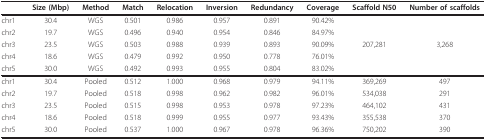
<table><thead><tr><td></td><td><b>Size (Mbp)</b></td><td><b>Method</b></td><td><b>Match</b></td><td><b>Relocation</b></td><td><b>Inversion</b></td><td><b>Redundancy</b></td><td><b>Coverage</b></td><td><b>Scaffold N50</b></td><td><b>Number of scaffolds</b></td></tr></thead><tbody><tr><td>chr1</td><td>30.4</td><td>WGS</td><td>0.501</td><td>0.986</td><td>0.957</td><td>0.891</td><td>90.42%</td><td></td><td></td></tr><tr><td>chr2</td><td>19.7</td><td>WGS</td><td>0.496</td><td>0.940</td><td>0.954</td><td>0.846</td><td>84.97%</td><td></td><td></td></tr><tr><td>chr3</td><td>23.5</td><td>WGS</td><td>0.503</td><td>0.988</td><td>0.939</td><td>0.893</td><td>90.09%</td><td>207,281</td><td>3,268</td></tr><tr><td>chr4</td><td>18.6</td><td>WGS</td><td>0.479</td><td>0.992</td><td>0.950</td><td>0.778</td><td>76.01%</td><td></td><td></td></tr><tr><td>chr5</td><td>30.0</td><td>WGS</td><td>0.492</td><td>0.993</td><td>0.955</td><td>0.804</td><td>83.02%</td><td></td><td></td></tr><tr><td>chr1</td><td>30.4</td><td>Pooled</td><td>0.512</td><td>1.000</td><td>0.968</td><td>0.979</td><td>94.11%</td><td>369,269</td><td>497</td></tr><tr><td>chr2</td><td>19.7</td><td>Pooled</td><td>0.518</td><td>0.998</td><td>0.962</td><td>0.982</td><td>96.01%</td><td>534,038</td><td>291</td></tr><tr><td>chr3</td><td>23.5</td><td>Pooled</td><td>0.515</td><td>0.998</td><td>0.953</td><td>0.978</td><td>97.23%</td><td>464,102</td><td>431</td></tr><tr><td>chr4</td><td>18.6</td><td>Pooled</td><td>0.518</td><td>0.999</td><td>0.955</td><td>0.977</td><td>93.43%</td><td>355,538</td><td>370</td></tr><tr><td>chr5</td><td>30.0</td><td>Pooled</td><td>0.537</td><td>1.000</td><td>0.967</td><td>0.978</td><td>96.36%</td><td>750,202</td><td>390</td></tr></tbody></table>